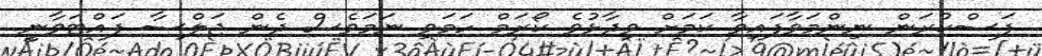
ފަސްކުރަން ނިންމަވާފައިވާ ކަމަށް ވިދާޅުވެ ކޯރަމް ހަމަވި ނަމަވެސް ދެން ޖަލްސާ ފައްޓަވާނީ